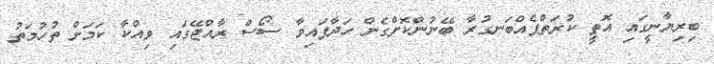
ބިރިޔާނީގައި އޮތީ ކުރަތްޕެއްބަނގުރާ ބޭނުންކޮށްގެން ހަދާފައިވާ ސޯސް ރާއްޖޭގައި ވިއްކާ ކަމަށް ތުހުމަތު